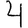
Digit: 4